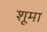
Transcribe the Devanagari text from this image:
शूमा